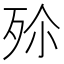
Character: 𣧠